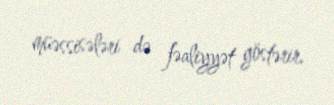
müəssisələri də fəaliyyət göstərir.